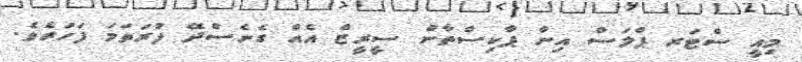
މިއީ ސްޓަރ ޕްލަސް އިން ޕާކިސްތާން ސީރީޒް އެއް ގެނެސްދޭ ފުރަތަމަ ފަހަރެވެ.